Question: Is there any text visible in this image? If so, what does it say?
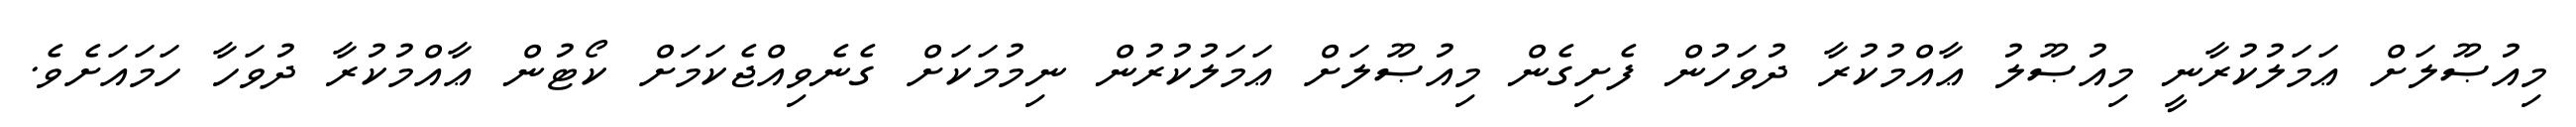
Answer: މިއުޞޫލަށް ޢަމަލުކުރާނީ މިއުޞޫލު ޢާއްމުކުރާ ދުވަހުން ފެށިގެން މިއުޞޫލަށް ޢަމަލުކުރުން ނިމުމަކަށް ގެނެވިއްޖެކަމަށް ކޯޓުން ޢާއްމުކުރާ ދުވަހާ ހަމައަށެވެ.